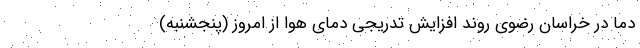
دما در خراسان رضوی روند افزایش تدریجی دمای هوا از امروز (پنجشنبه)